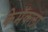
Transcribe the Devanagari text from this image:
केमॅकला